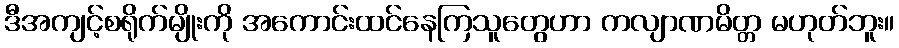
ဒီအကျင့်စရိုက်မျိုးကို အကောင်းထင်နေကြသူတွေဟာ ကလျာဏမိတ္တ မဟုတ်ဘူး။